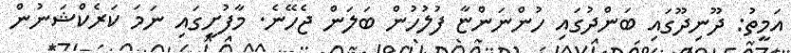
އަމީތު: ދޫނިދޫގައި ބަންދުގައި ހުންނަންޏާ ފުލުހުން ބަލަން ޖެހޭނެ. މާފުށީގައި ނަމަ ކަރެކްޝަނުން